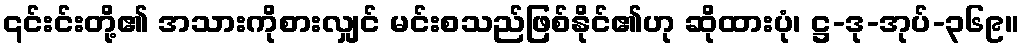
၎င်းင်းတို့၏ အသားကိုစားလျှင် မင်းစသည်ဖြစ်နိုင်၏ဟု ဆိုထားပုံ၊ ဋ္ဌ-ဒု-အုပ်-၃၆၉။